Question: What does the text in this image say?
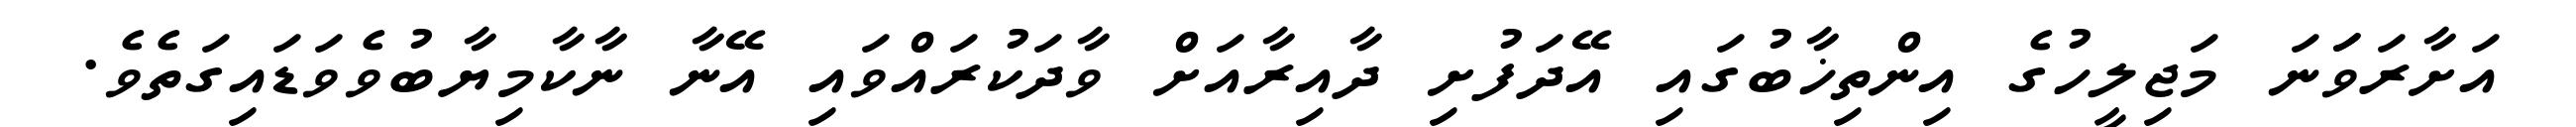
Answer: އަށާރަވަަނަ މަޖިލީހުގެ އިންތިޚާބުގައި އޭދަފުށި ދާއިރާއަށް ވާދަކުރައްވައި އޭނާ ނާކާމިޔާބުވެވަޑައިގަތެވެ.